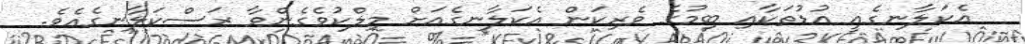
އެކަލާނގެއީ އުޑުތަކާއި ބިމުގެ ވެރިކަން އެކަލާނގެއަށް މިލްކުވެގެންވާ ރަސްކަލާނގެއެވެ.